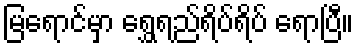
မြရောင်မှာ ရွှေရည်ရိပ်ရိပ် ရောပြီ။